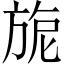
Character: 旎